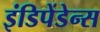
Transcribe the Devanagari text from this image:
इंडिपेंडेन्स